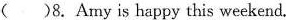
（ ）8.Amy is happy this weekend.